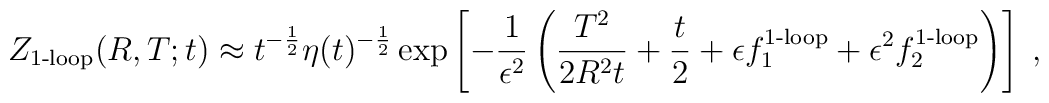
Z_{\mbox{\scriptsize 1-loop}}(R,T;t) \approx  t^{-{1\over 2}} \eta(t)^{-{1\over 2}}\exp \left[ - {1 \over  \epsilon^2}\left( {T^2 \over 2R^2 t} + {t\over 2} + \epsilon f_1^{\mbox{\scriptsize 1-loop}} +\epsilon^2 f_2^{\mbox{\scriptsize 1-loop}} \right) \right]\;,